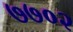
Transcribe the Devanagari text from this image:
७७०२